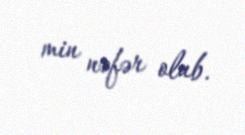
min nəfər olub.